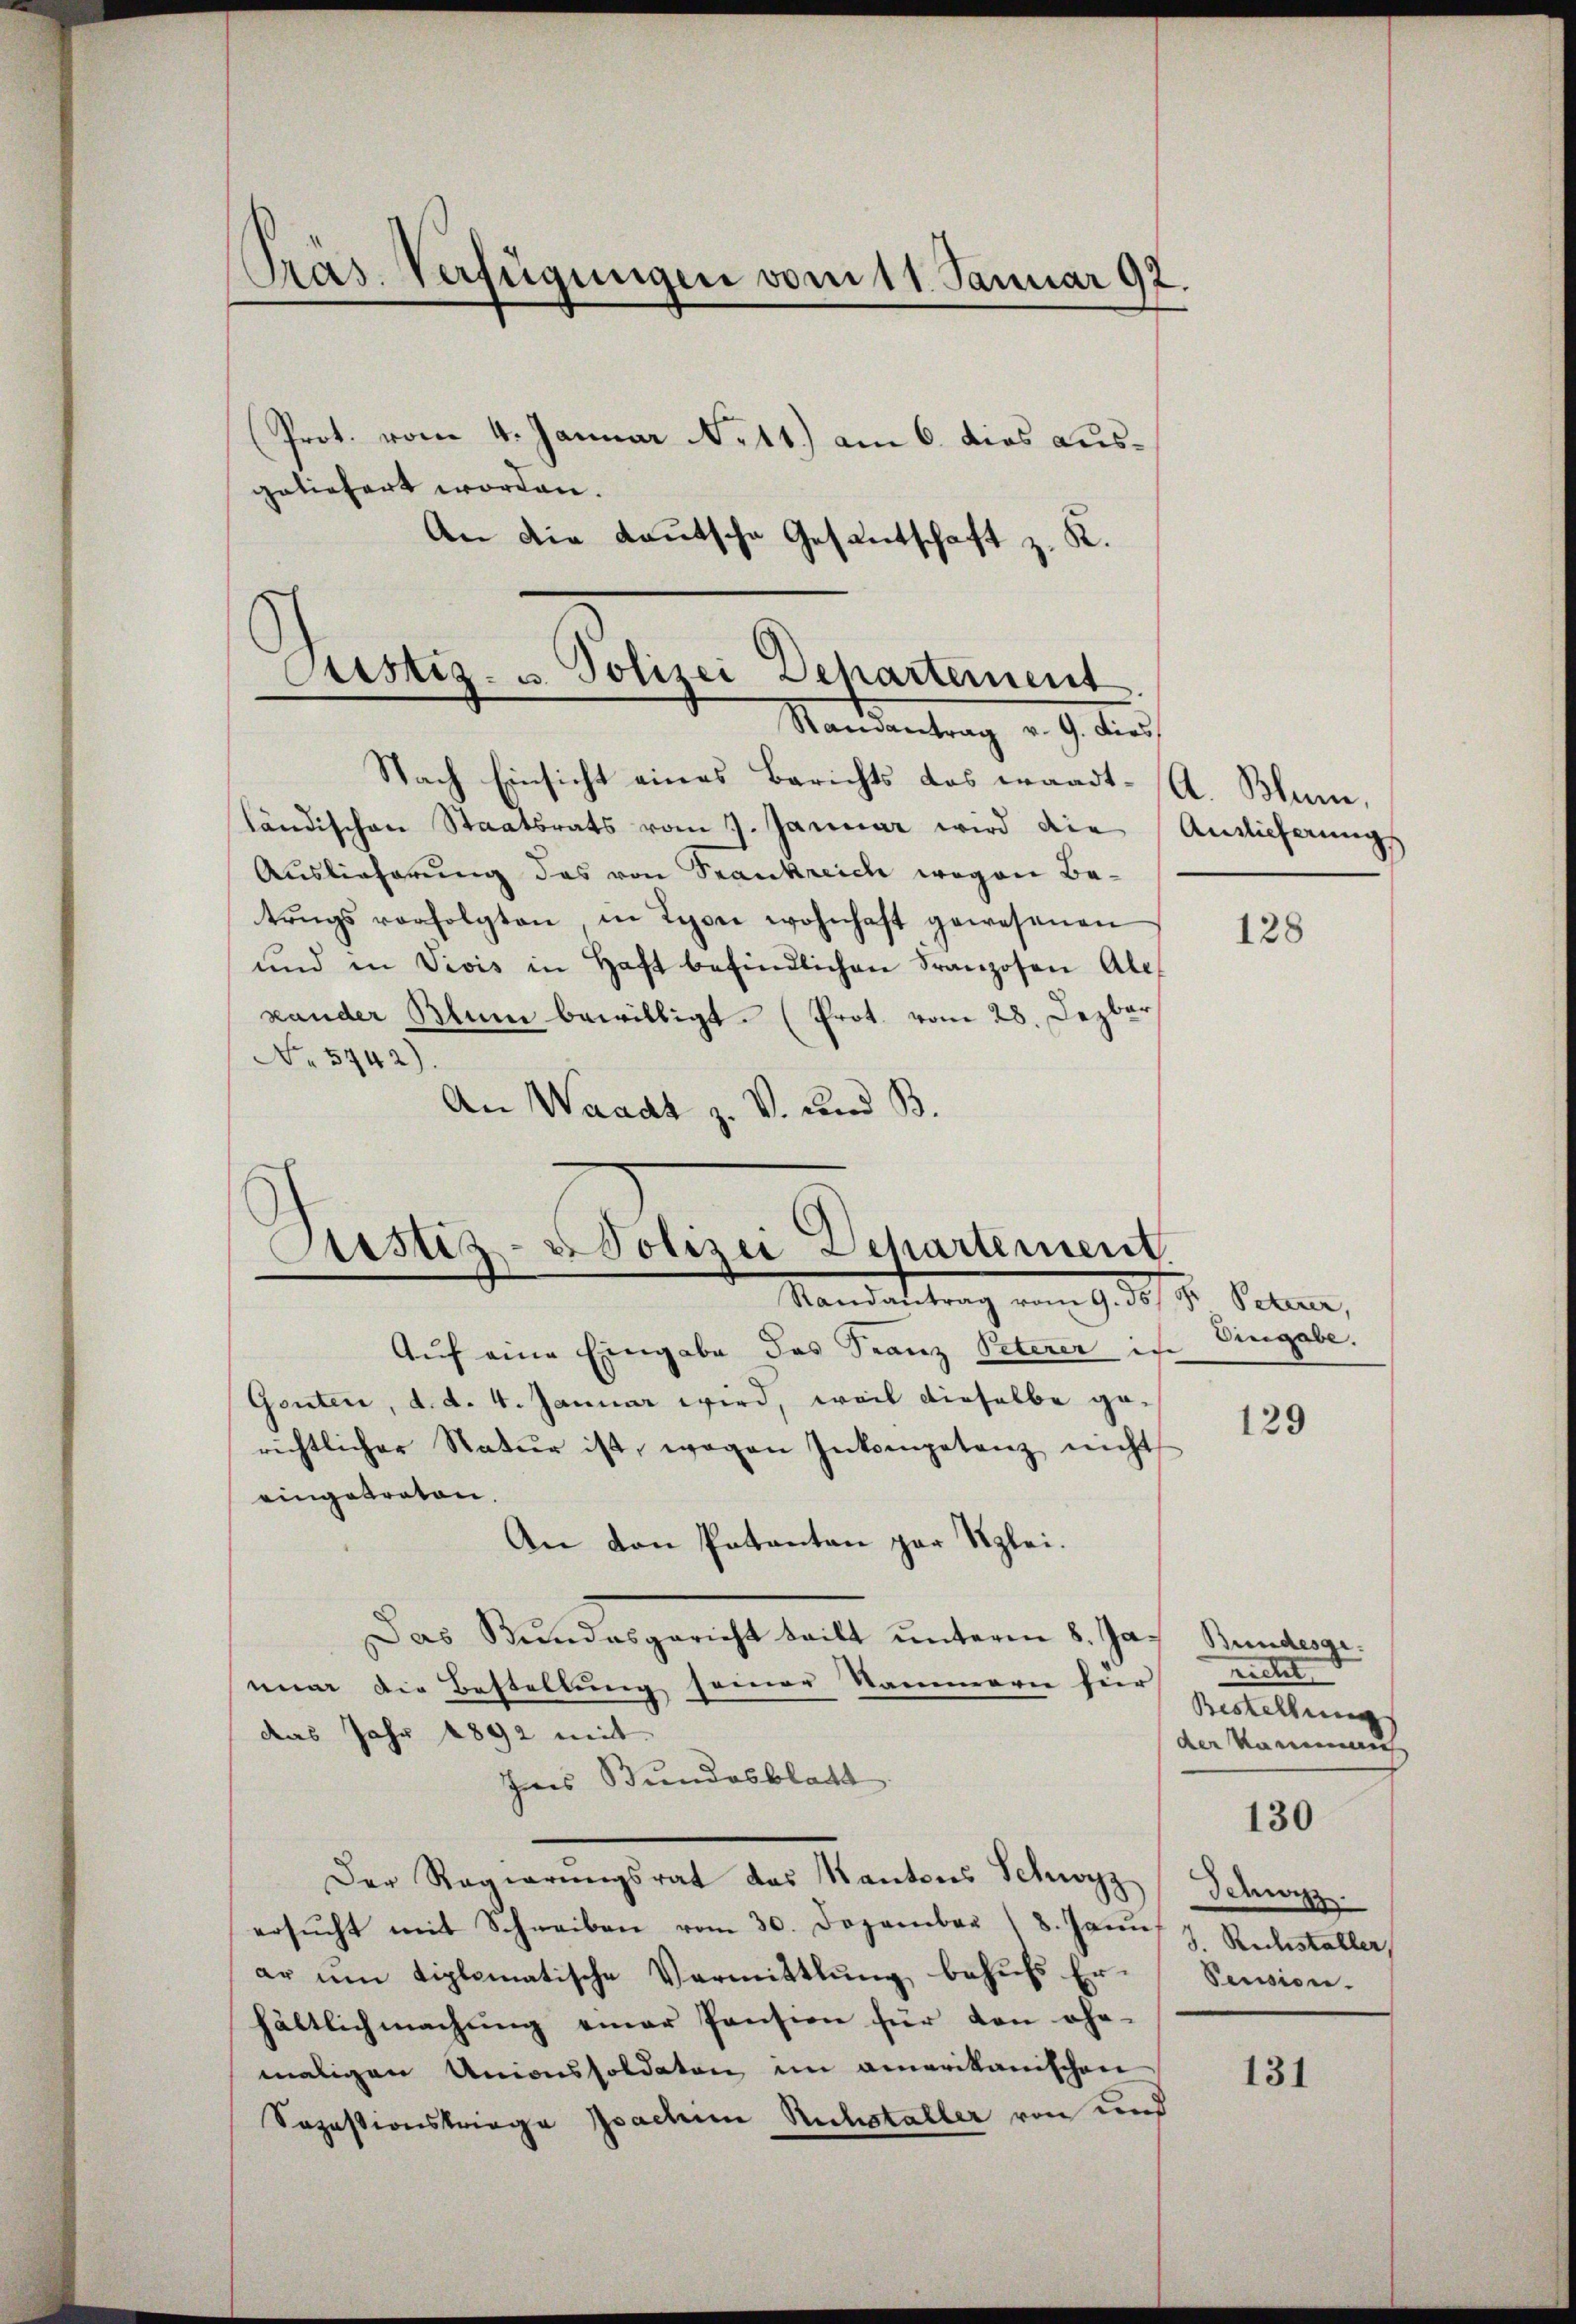
Pras. Verfügungen vom 11. Januar 97.

Prot. vom 4. Januar N. 11.) am 6. dies ausgeliefert worden.
An die Kautsche Gesantschaft z. K.

Nach Einsicht eines Berichts das waadt. A. Blum,
ländischen Staatsrats vom 7. Januar wird die Auslieferungs
Auslieferung das von Frankreich wegen Betrugs vorfolgten, in Lyon wohnhaft gewesenen
und in Vivis in Haft befindlichen Franzosen Ale-
xander Blum bewilligt. (Prot. vom 28. Dezbar
No 5742).
An Waadt z. V. und B.

Custiz- u. Polizei Departement
Mandentrag v. 9. die

Pustiz-Polizei Departement.
—
Mandat trag von 930 v. Peten,

Auf eine Eingabe das Franz Peterer in Eingabe.
Gonten, d. d. 4. Januar wird, weil dieselbe gerichtlicher Natur ist, wogen Inkompetenz nicht
eingetraton
An den Patanten par Szlei.
Das Bundesgericht teilt unterm 8. Ja. Bundesgemum die Bestellung seiner Sammern für
das Jahr 1892 mit
Ins Bundesblatt
Der Regierŭngsrat das Kantons Schwyz (Schwyz
ersŭcht mit Schreiben vom 30. Dezember 18. Janus J. Rücksteller,
er ŭm diplomatische Vermittlung behŭfs Er-
hältlich machung einer Pension für den ohn-
maligen Unionssoldaten im amerikanischen
Sozastionskriege Joachine Ruhstaller von und

128

129

richt
Bestellung
der Kan
130
Pension.

131